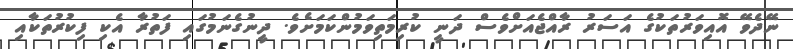
ނޭދެވޭ އޮއިވަރުތަކުގެ އަސަރު ރާއްޖެއަށްވެސް ދަނީ ކުރިމަތިވަމުންކަމަށެވެ. ދީނުގެނަމުގައި ފަތުރާ އެކި ފިކުރުތަކާއި